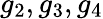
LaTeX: g_{2},g_{3},g_{4}